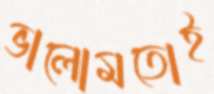
ভালোমতোই